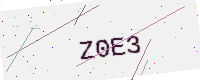
Text: Z0E3